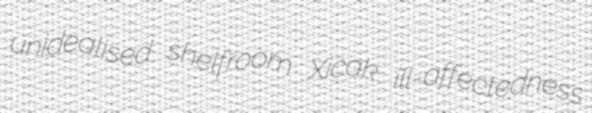
unidealised shelfroom Xicak ill-affectedness